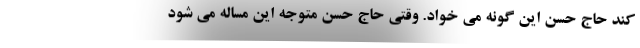
کند حاج حسن این گونه می خواد. وقتی حاج حسن متوجه این مساله می شود